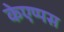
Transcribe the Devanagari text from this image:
केएप्पस